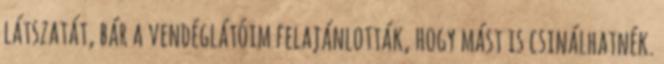
látszatát, bár a vendéglátóim felajánlották, hogy mást is csinálhatnék.